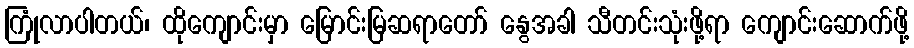
ကြုံလာပါတယ်၊ ထိုကျောင်းမှာ မြောင်းမြဆရာတော် နွေအခါ သီတင်းသုံးဖို့ရာ ကျောင်းဆောက်ဖို့